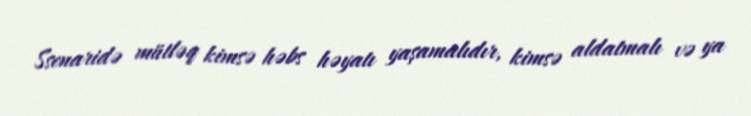
Ssenaridə mütləq kimsə həbs həyatı yaşamalıdır, kimsə aldatmalı və ya